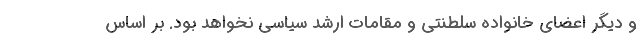
و دیگر اعضای خانواده سلطنتی و مقامات ارشد سیاسی نخواهد بود. بر اساس